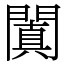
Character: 闐